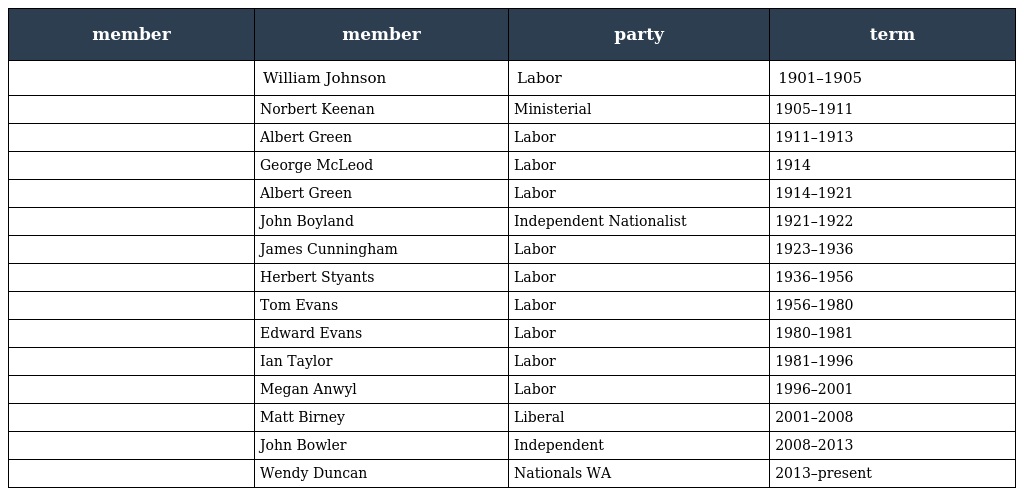
| member | member | party | term |
 | --- | --- | --- | --- |
 |  | William Johnson | Labor | 1901–1905 |
 |  | Norbert Keenan | Ministerial | 1905–1911 |
 |  | Albert Green | Labor | 1911–1913 |
 |  | George McLeod | Labor | 1914 |
 |  | Albert Green | Labor | 1914–1921 |
 |  | John Boyland | Independent Nationalist | 1921–1922 |
 |  | James Cunningham | Labor | 1923–1936 |
 |  | Herbert Styants | Labor | 1936–1956 |
 |  | Tom Evans | Labor | 1956–1980 |
 |  | Edward Evans | Labor | 1980–1981 |
 |  | Ian Taylor | Labor | 1981–1996 |
 |  | Megan Anwyl | Labor | 1996–2001 |
 |  | Matt Birney | Liberal | 2001–2008 |
 |  | John Bowler | Independent | 2008–2013 |
 |  | Wendy Duncan | Nationals WA | 2013–present |